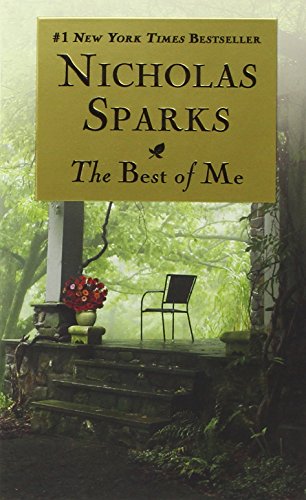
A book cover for The Best of Me; Nicholas Sparks; Mystery, Thriller & Suspense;